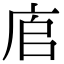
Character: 㢂